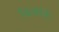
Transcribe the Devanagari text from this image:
किन्नॉर्क